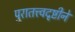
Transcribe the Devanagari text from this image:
पुरातत्त्वदृष्टीने